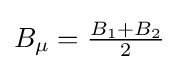
B_{\mu }={\tfrac {B_{1}+B_{2}}{2}}